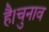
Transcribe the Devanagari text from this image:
है।चुनाव